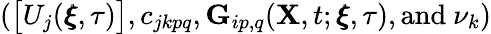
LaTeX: (\big[U_{j}(\pmb{\xi},\tau)\big],c_{jkpq},\mathbf{G}_{ip,q}(\mathbf{X},t;\pmb{\xi},\tau),\textnormal{and}~\nu_{k})